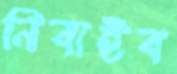
নিবাইব